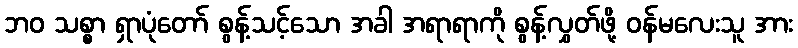
ဘဝ သစ္စာ ရှာပုံတော် စွန့်သင့်သော အခါ အရာရာကို စွန့်လွှတ်ဖို့ ဝန်မလေးသူ အား